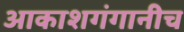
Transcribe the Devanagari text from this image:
आकाशगंगानीच